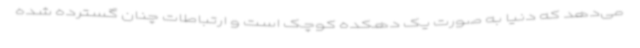
می‌دهد که دنیا به صورت یک دهکده کوچک است و ارتباطات چنان گسترده شده